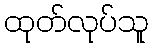
ထုတ်လုပ်သူ